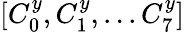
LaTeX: [C_{0}^{y},C_{1}^{y},...C_{7}^{y}]